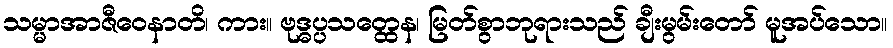
သမ္မာအာဇီဝေနာတိ၊ ကား။ ဗုဒ္ဓပ္ပသတ္ထေန၊ မြတ်စွာဘုရားသည် ချီးမွမ်းတော် မူအပ်သော။